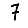
Digit: 7